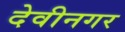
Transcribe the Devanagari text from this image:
देवीनगर